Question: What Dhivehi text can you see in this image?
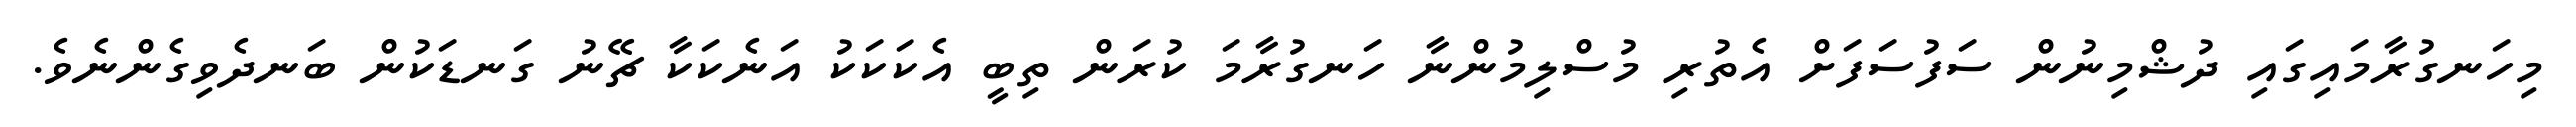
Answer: މިހަނގުރާމައިގައި ދުޝްމިނުން ސަފުސަފަށް އެތުރި މުސްލިމުންނާ ހަނގުރާމަ ކުރަން ތިބީ އެކަކަކު އަނެކަކާ ޗޭނު ގަނޑަކުން ބަނދެވިގެންނެވެ.